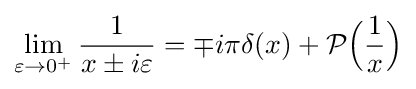
\lim _{\varepsilon \to 0^{+}}{\frac {1}{x\pm i\varepsilon }}=\mp i\pi \delta (x)+{\mathcal {P}}{{\Big (}{\frac {1}{x}}{\Big )}}